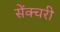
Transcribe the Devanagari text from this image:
सेंक्चरी